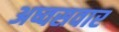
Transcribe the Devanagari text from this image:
अष्वसवार